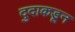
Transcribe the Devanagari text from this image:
दुदाकडून